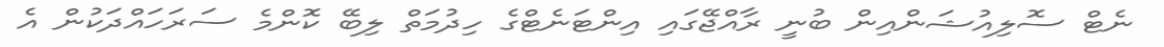
ނެޓް ސޮލިއުޝަންއިން ބުނީ ރާއްޖޭގައި އިންޓަނެޓްގެ ހިދުމަތް ލިބޭ ކޮންމެ ސަރަހައްދަކުން އެ